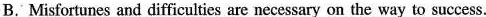
B. Misfortunes and difficulties are necessary on the way to success.